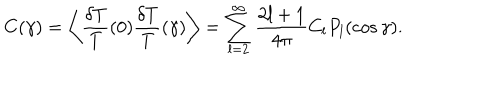
LaTeX: C ( \gamma ) = \left\langle \frac { \delta T } { T } ( 0 ) \frac { \delta T } { T } ( \gamma ) \right\rangle = \sum _ { l = 2 } ^ { \infty } \frac { 2 l + 1 } { 4 \pi } C _ { l } P _ { l } ( \cos \gamma ) .